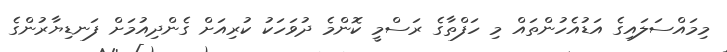
މިމައްސަލައިގެ އަޑުއެހުންތައް މި ހަފްތާގެ ރަސްމީ ކޮންމެ ދުވަހަކު ކުރިއަށް ގެންދިއުމަށް ފަނޑިޔާރުންގެ